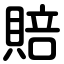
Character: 賠